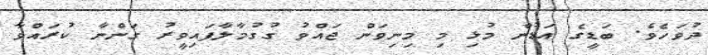
ދުވަހެވެ. ބަޑީގެ އަޑުން މުޅި މި މިނިވަން ޖައްވު ގުގުމާލާފައިވީރު ގަންނާ ކުރައްވާ